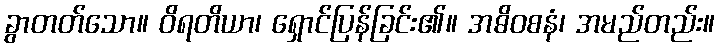
ခွာတတ်သော။ ဝိရတိယာ၊ ရှောင်ပြန်ခြင်း၏။ အဓိဝစနံ၊ အမည်တည်း။